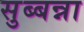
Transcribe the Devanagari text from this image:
सुब्बन्ना